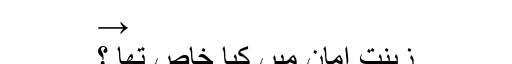
→
زینت امان میں کیا خاص تھا ؟